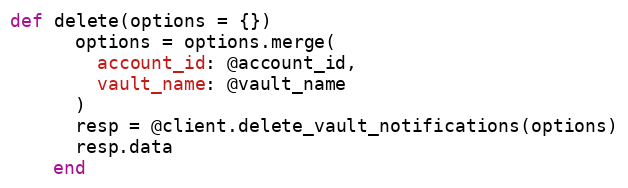
Language: Ruby
def delete(options = {})
      options = options.merge(
        account_id: @account_id,
        vault_name: @vault_name
      )
      resp = @client.delete_vault_notifications(options)
      resp.data
    end